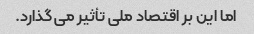
اما این بر اقتصاد ملی تأثیر می گذارد.